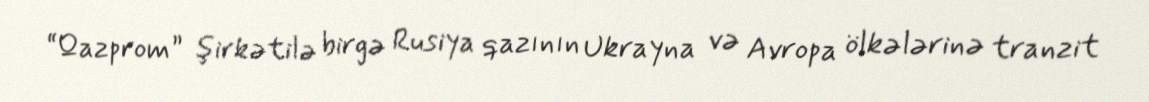
“Qazprom” şirkətilə birgə Rusiya qazının Ukrayna və Avropa ölkələrinə tranzit